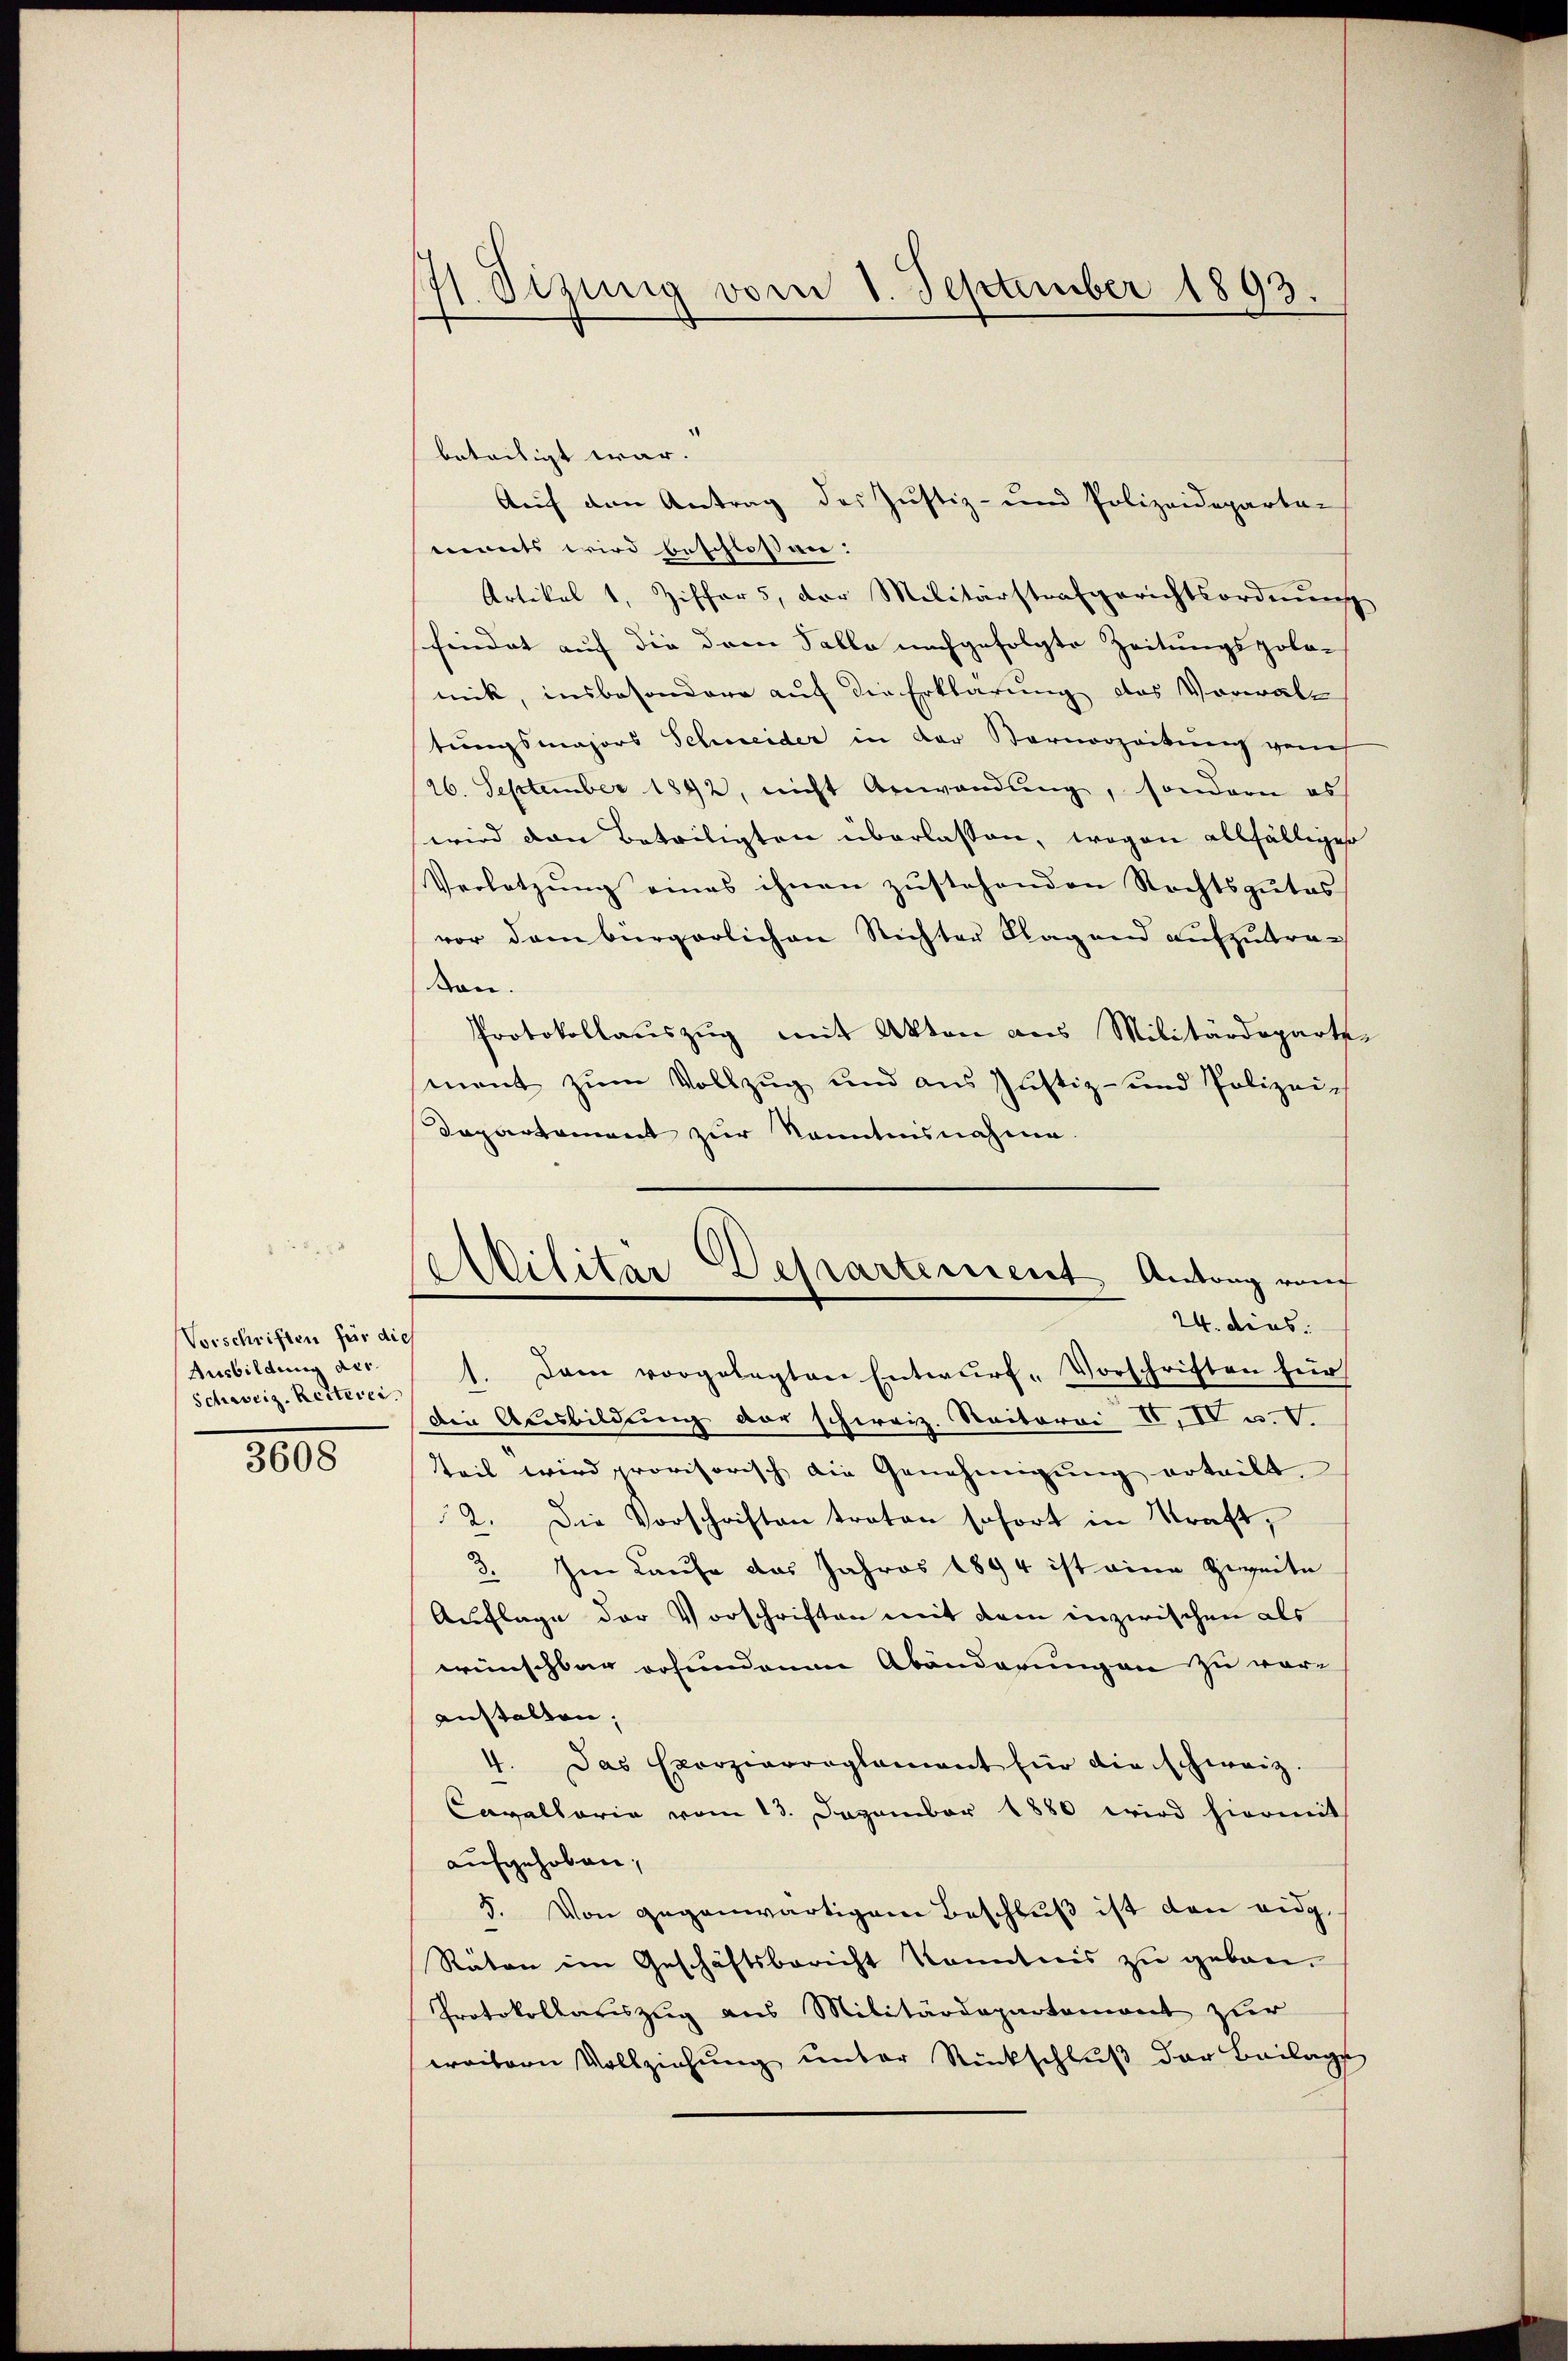
Vorschriften für die
Ausbildung der
Schweiz. Reiterei

3608

71. Sizung vom 1. September 1893.

Militar Departement Antrag rauf
24. das

beteiligt war.
Auf den Antrag des Justiz- und Polizeideparten
eiinets wird beschlossen:
Artikel 1, Ziffers, der Militärstrafgerichtsordnŭng
schindet auf die dem Falle nachgefolgte Zeitungspolo-
nick, insbesondere auf die Erklärung des Vorwaltungsmajors Schweider in der Barnorzeitung von s
26. September 1842, nicht Anwendung, sondern es
wird den Beteiligten überlassen, wogen allfälliger
Verletzung eines ihnen zustehenden Rechtsgutes
vor dem bürgerlichen Richter Klagend aufzutraon.
Protokollauszug mit Akten aus Militärdeparte
ment zŭm Vollzug und aus Justiz- und Polizei-
Dapartement zur Kenntnisnahme.
1. Dann vorgelegten Entwurf, Vorschriften für
Die Ausbildung der schweiz. Raitorei II, IV u. V.
Teil wird provisorisch die Genehmigung erteilt.
2. Die Vorschriften traten sofort in Straft,
3.
 Im Laufe das Jahres 1894 ist eine Zweite
Auflage der Vorschriften mit dem inzwischen als
wünschbar erfundenen Abänderungen zu vor-
anstalten,
4. Das Exerzierreglement für die schweiz.
Cavallaria vom 13. Dezember 1880 wird hiermit
aufgehoben,
5. Von gegenwärtigem Beschluß ist den eidg.
Räten im Geschäftsbericht Kenntnis zu geben.
Protokollariszug aus Militärdepartemont zur
weitern Vollziehung unter Rückschluß der Beilage